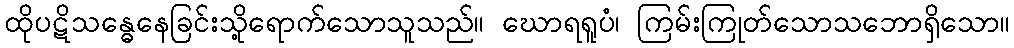
ထိုပဋိသန္ဓေနေခြင်းသို့ရောက်သောသူသည်။ ဃောရရူပံ၊ ကြမ်းကြုတ်သောသဘောရှိသော။